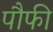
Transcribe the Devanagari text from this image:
पौफी